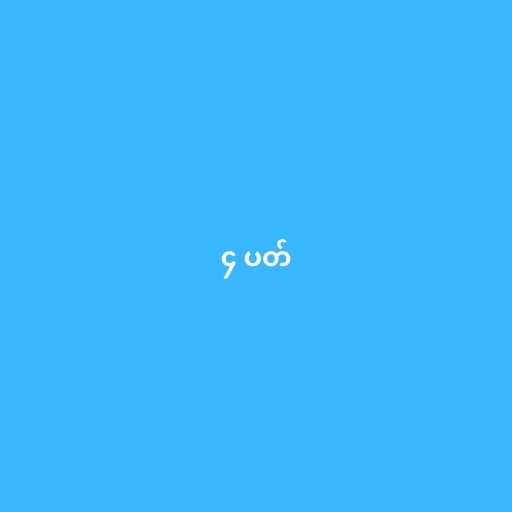
၄ ပတ်